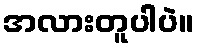
အလားတူပါပဲ။